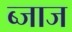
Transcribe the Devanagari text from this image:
ब्जाज